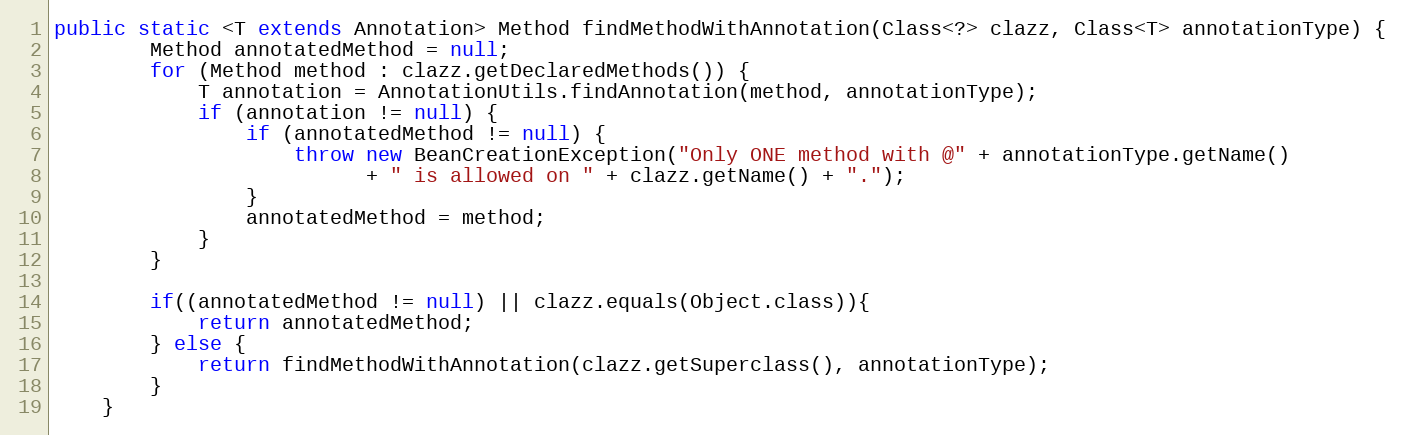
Language: Java
public static <T extends Annotation> Method findMethodWithAnnotation(Class<?> clazz, Class<T> annotationType) {
        Method annotatedMethod = null;
        for (Method method : clazz.getDeclaredMethods()) {
            T annotation = AnnotationUtils.findAnnotation(method, annotationType);
            if (annotation != null) {
                if (annotatedMethod != null) {
                    throw new BeanCreationException("Only ONE method with @" + annotationType.getName()
                          + " is allowed on " + clazz.getName() + ".");
                }
                annotatedMethod = method;
            }
        }

        if((annotatedMethod != null) || clazz.equals(Object.class)){
            return annotatedMethod;
        } else {
            return findMethodWithAnnotation(clazz.getSuperclass(), annotationType);
        }
    }